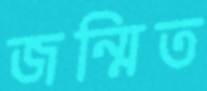
জন্মিত